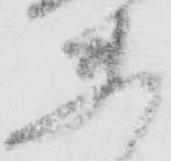
夫